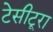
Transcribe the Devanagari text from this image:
टेसीटूरा